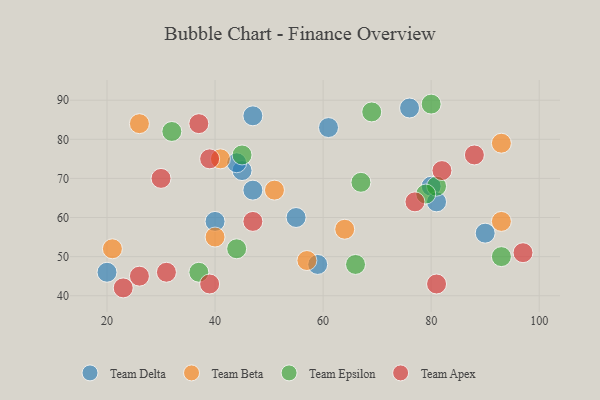
{"axis": {"x": "GDP", "y": "Life Expectancy"}, "legend": ["Team Apex", "Team Beta", "Team Delta", "Team Epsilon"], "data": [{"x": "61", "y": 83, "type": "Team Delta"}, {"x": "47", "y": 86, "type": "Team Delta"}, {"x": "40", "y": 59, "type": "Team Delta"}, {"x": "47", "y": 67, "type": "Team Delta"}, {"x": "76", "y": 88, "type": "Team Delta"}, {"x": "45", "y": 72, "type": "Team Delta"}, {"x": "20", "y": 46, "type": "Team Delta"}, {"x": "90", "y": 56, "type": "Team Delta"}, {"x": "80", "y": 68, "type": "Team Delta"}, {"x": "59", "y": 48, "type": "Team Delta"}, {"x": "44", "y": 74, "type": "Team Delta"}, {"x": "55", "y": 60, "type": "Team Delta"}, {"x": "81", "y": 64, "type": "Team Delta"}, {"x": "40", "y": 55, "type": "Team Beta"}, {"x": "93", "y": 79, "type": "Team Beta"}, {"x": "41", "y": 75, "type": "Team Beta"}, {"x": "21", "y": 52, "type": "Team Beta"}, {"x": "64", "y": 57, "type": "Team Beta"}, {"x": "51", "y": 67, "type": "Team Beta"}, {"x": "93", "y": 59, "type": "Team Beta"}, {"x": "26", "y": 84, "type": "Team Beta"}, {"x": "57", "y": 49, "type": "Team Beta"}, {"x": "66", "y": 48, "type": "Team Epsilon"}, {"x": "67", "y": 69, "type": "Team Epsilon"}, {"x": "80", "y": 89, "type": "Team Epsilon"}, {"x": "93", "y": 50, "type": "Team Epsilon"}, {"x": "69", "y": 87, "type": "Team Epsilon"}, {"x": "81", "y": 68, "type": "Team Epsilon"}, {"x": "79", "y": 66, "type": "Team Epsilon"}, {"x": "45", "y": 76, "type": "Team Epsilon"}, {"x": "37", "y": 46, "type": "Team Epsilon"}, {"x": "32", "y": 82, "type": "Team Epsilon"}, {"x": "44", "y": 52, "type": "Team Epsilon"}, {"x": "39", "y": 75, "type": "Team Apex"}, {"x": "26", "y": 45, "type": "Team Apex"}, {"x": "97", "y": 51, "type": "Team Apex"}, {"x": "30", "y": 70, "type": "Team Apex"}, {"x": "23", "y": 42, "type": "Team Apex"}, {"x": "39", "y": 43, "type": "Team Apex"}, {"x": "88", "y": 76, "type": "Team Apex"}, {"x": "81", "y": 43, "type": "Team Apex"}, {"x": "47", "y": 59, "type": "Team Apex"}, {"x": "37", "y": 84, "type": "Team Apex"}, {"x": "77", "y": 64, "type": "Team Apex"}, {"x": "82", "y": 72, "type": "Team Apex"}, {"x": "31", "y": 46, "type": "Team Apex"}]}